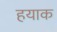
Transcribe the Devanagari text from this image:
हयाक